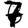
Digit: 7